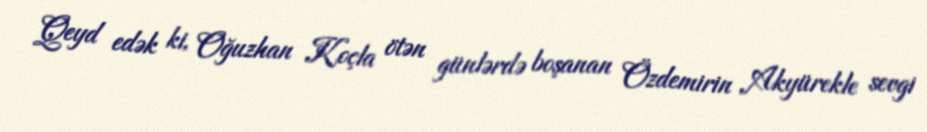
Qeyd edək ki, Oğuzhan Koçla ötən günlərdə boşanan Özdemirin Akyürekle sevgi